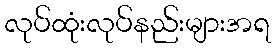
လုပ်ထုံးလုပ်နည်းများအရ